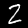
Digit: 2